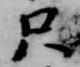
只